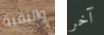
والبقية آخر